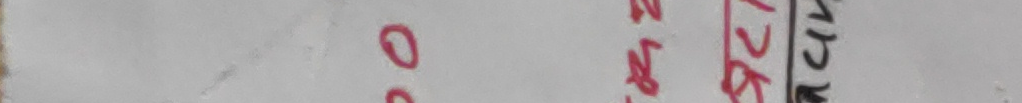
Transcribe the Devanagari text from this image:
२५ १७५